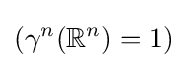
(\gamma ^{n}(\mathbb {R} ^{n})=1)